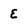
Character: e